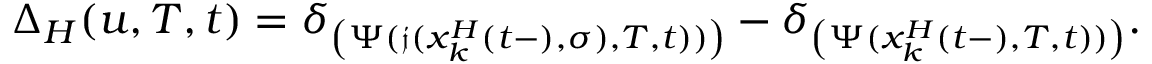
\Delta _ { H } ( u , T , t ) = \delta _ { \left( \Psi ( \mathfrak { j } ( x _ { k } ^ { H } ( t - ) , \sigma ) , T , t ) ) \right) } - \delta _ { \left( \Psi ( x _ { k } ^ { H } ( t - ) , T , t ) ) \right) } .